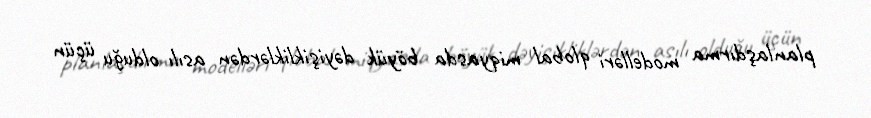
planlaşdırma modelləri qlobal miqyasda böyük dəyişikliklərdən asılı olduğu üçün